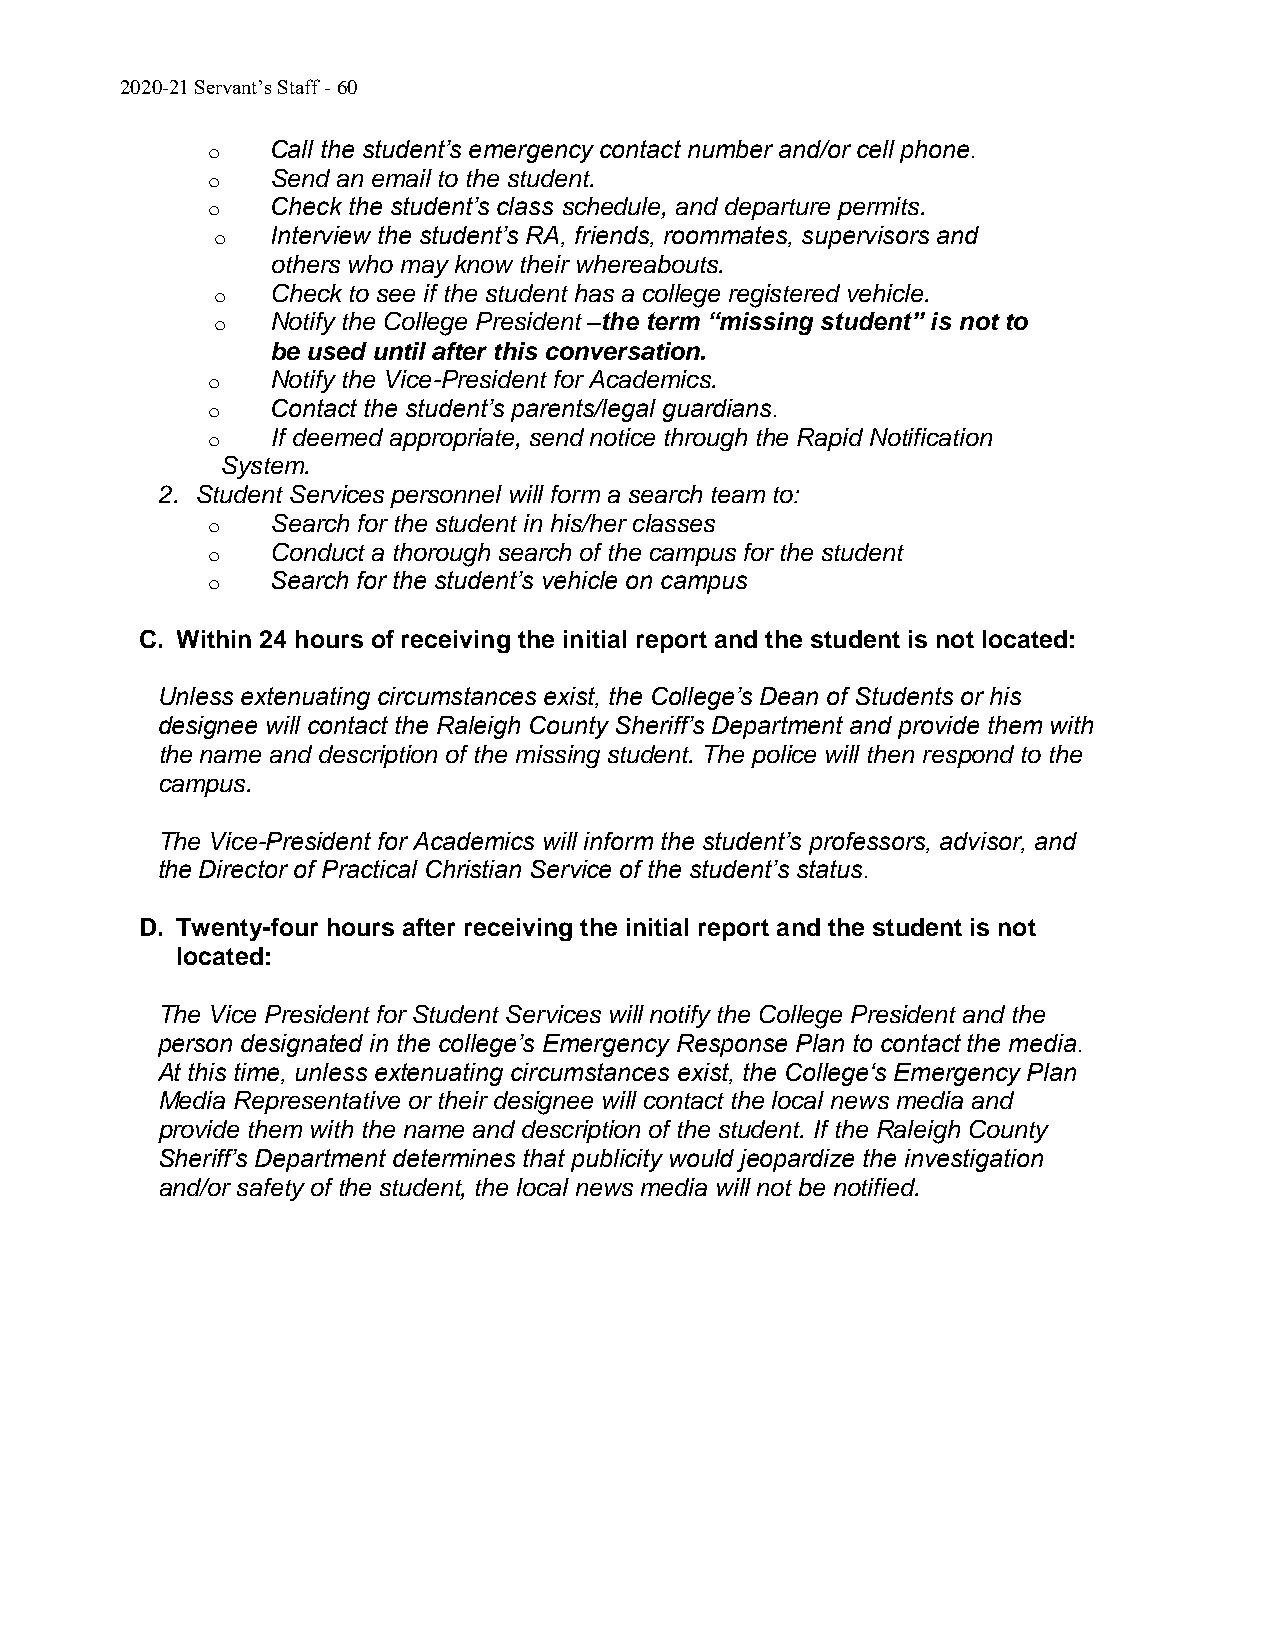
2020-21 Servant’s Staff - 60
 o   Call the student’s emergency contact number and/or cell phone.
 o   Send an email to the student.
 o   Check the student’s class schedule, and departure permits.
 o   Interview the student’s RA, friends, roommates, supervisors and
 others who may know their whereabouts.
 o   Check to see if the student has a college registered vehicle.
 o   Notify the College President –the term “missing student” is not to
 be used until after this conversation.
 o   Notify the Vice-President for Academics.
 o   Contact the student’s parents/legal guardians.
 o   If deemed appropriate, send notice through the Rapid Notification
 System.
 2. Student Services personnel will form a search team to:
 o   Search for the student in his/her classes
 o   Conduct a thorough search of the campus for the student
 o   Search for the student’s vehicle on campus
 C. Within 24 hours of receiving the initial report and the student is not located:
 Unless extenuating circumstances exist, the College’s Dean of Students or his
 designee will contact the Raleigh County Sheriff’s Department and provide them with
 the name and description of the missing student. The police will then respond to the
 campus.
 The Vice-President for Academics will inform the student’s professors, advisor, and
 the Director of Practical Christian Service of the student’s status.
 D. Twenty-four hours after receiving the initial report and the student is not
 located:
 The Vice President for Student Services will notify the College President and the
 person designated in the college’s Emergency Response Plan to contact the media.
 At this time, unless extenuating circumstances exist, the College‘s Emergency Plan
 Media Representative or their designee will contact the local news media and
 provide them with the name and description of the student. If the Raleigh County
 Sheriff’s Department determines that publicity would jeopardize the investigation
 and/or safety of the student, the local news media will not be notified.